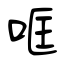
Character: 哐